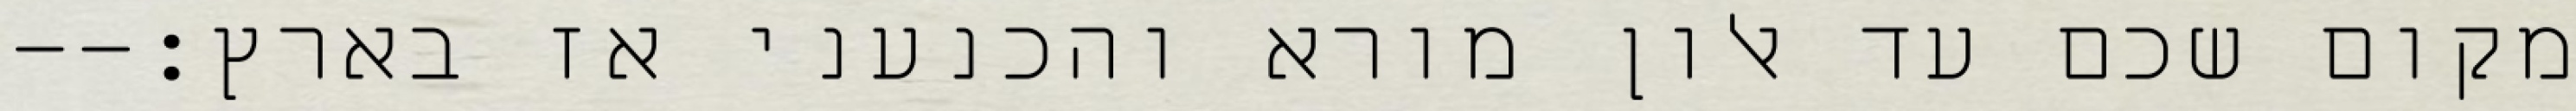
מקום שכם עד אלון מורא והכנעני אז בארץ׃--